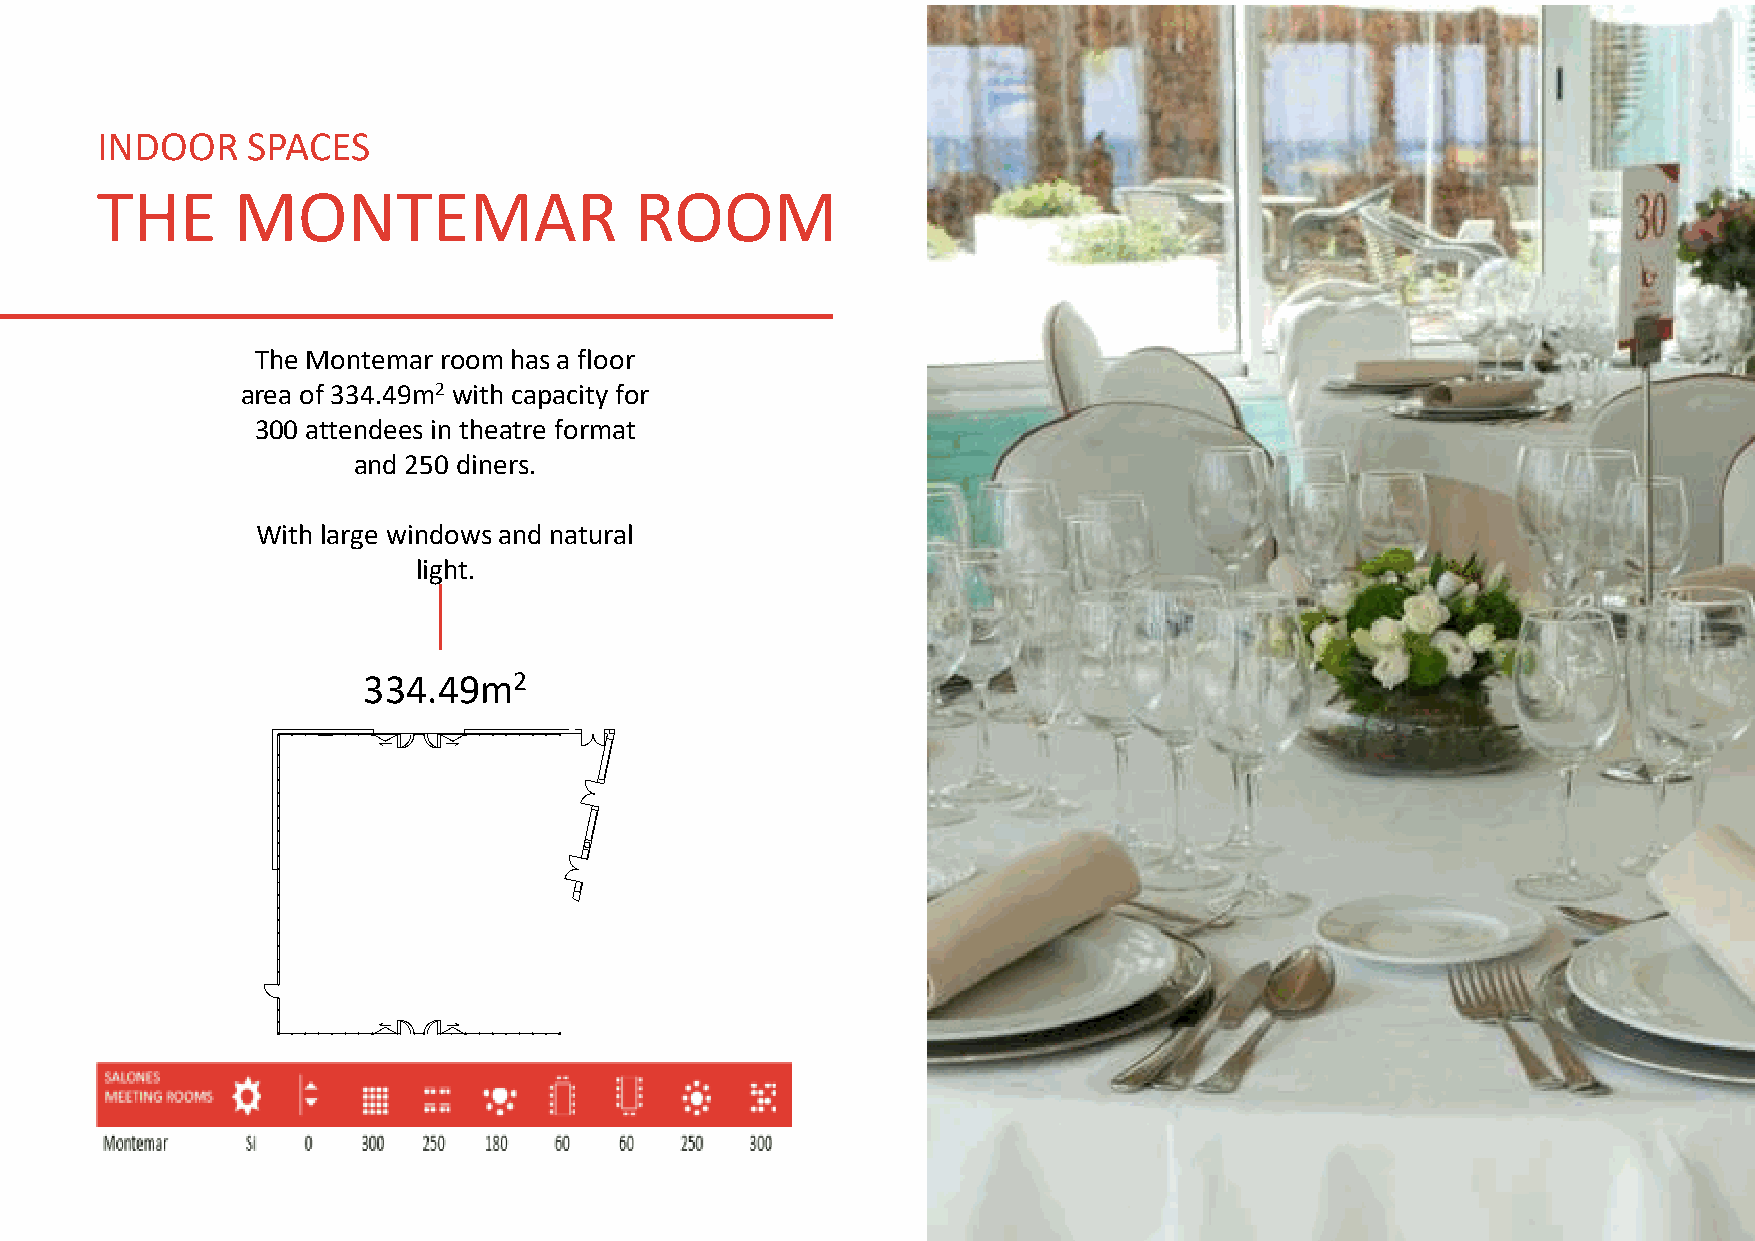
INDOOR    SPACES
 THE      MONTEMAR                   ROOM
 The Montemar room has a floor
 area of 334.49m2 with capacity for
 300 attendees in theatre format
 and 250 diners.
 With large windows and natural
 light.
 334.49m2